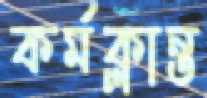
কর্মক্লান্ত